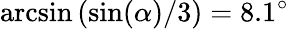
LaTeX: \arcsin{(\sin(\alpha)/3)}=8.1^{\circ}